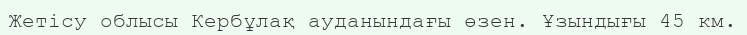
Жетісу облысы Кербұлақ ауданындағы өзен. Ұзындығы 45 км.